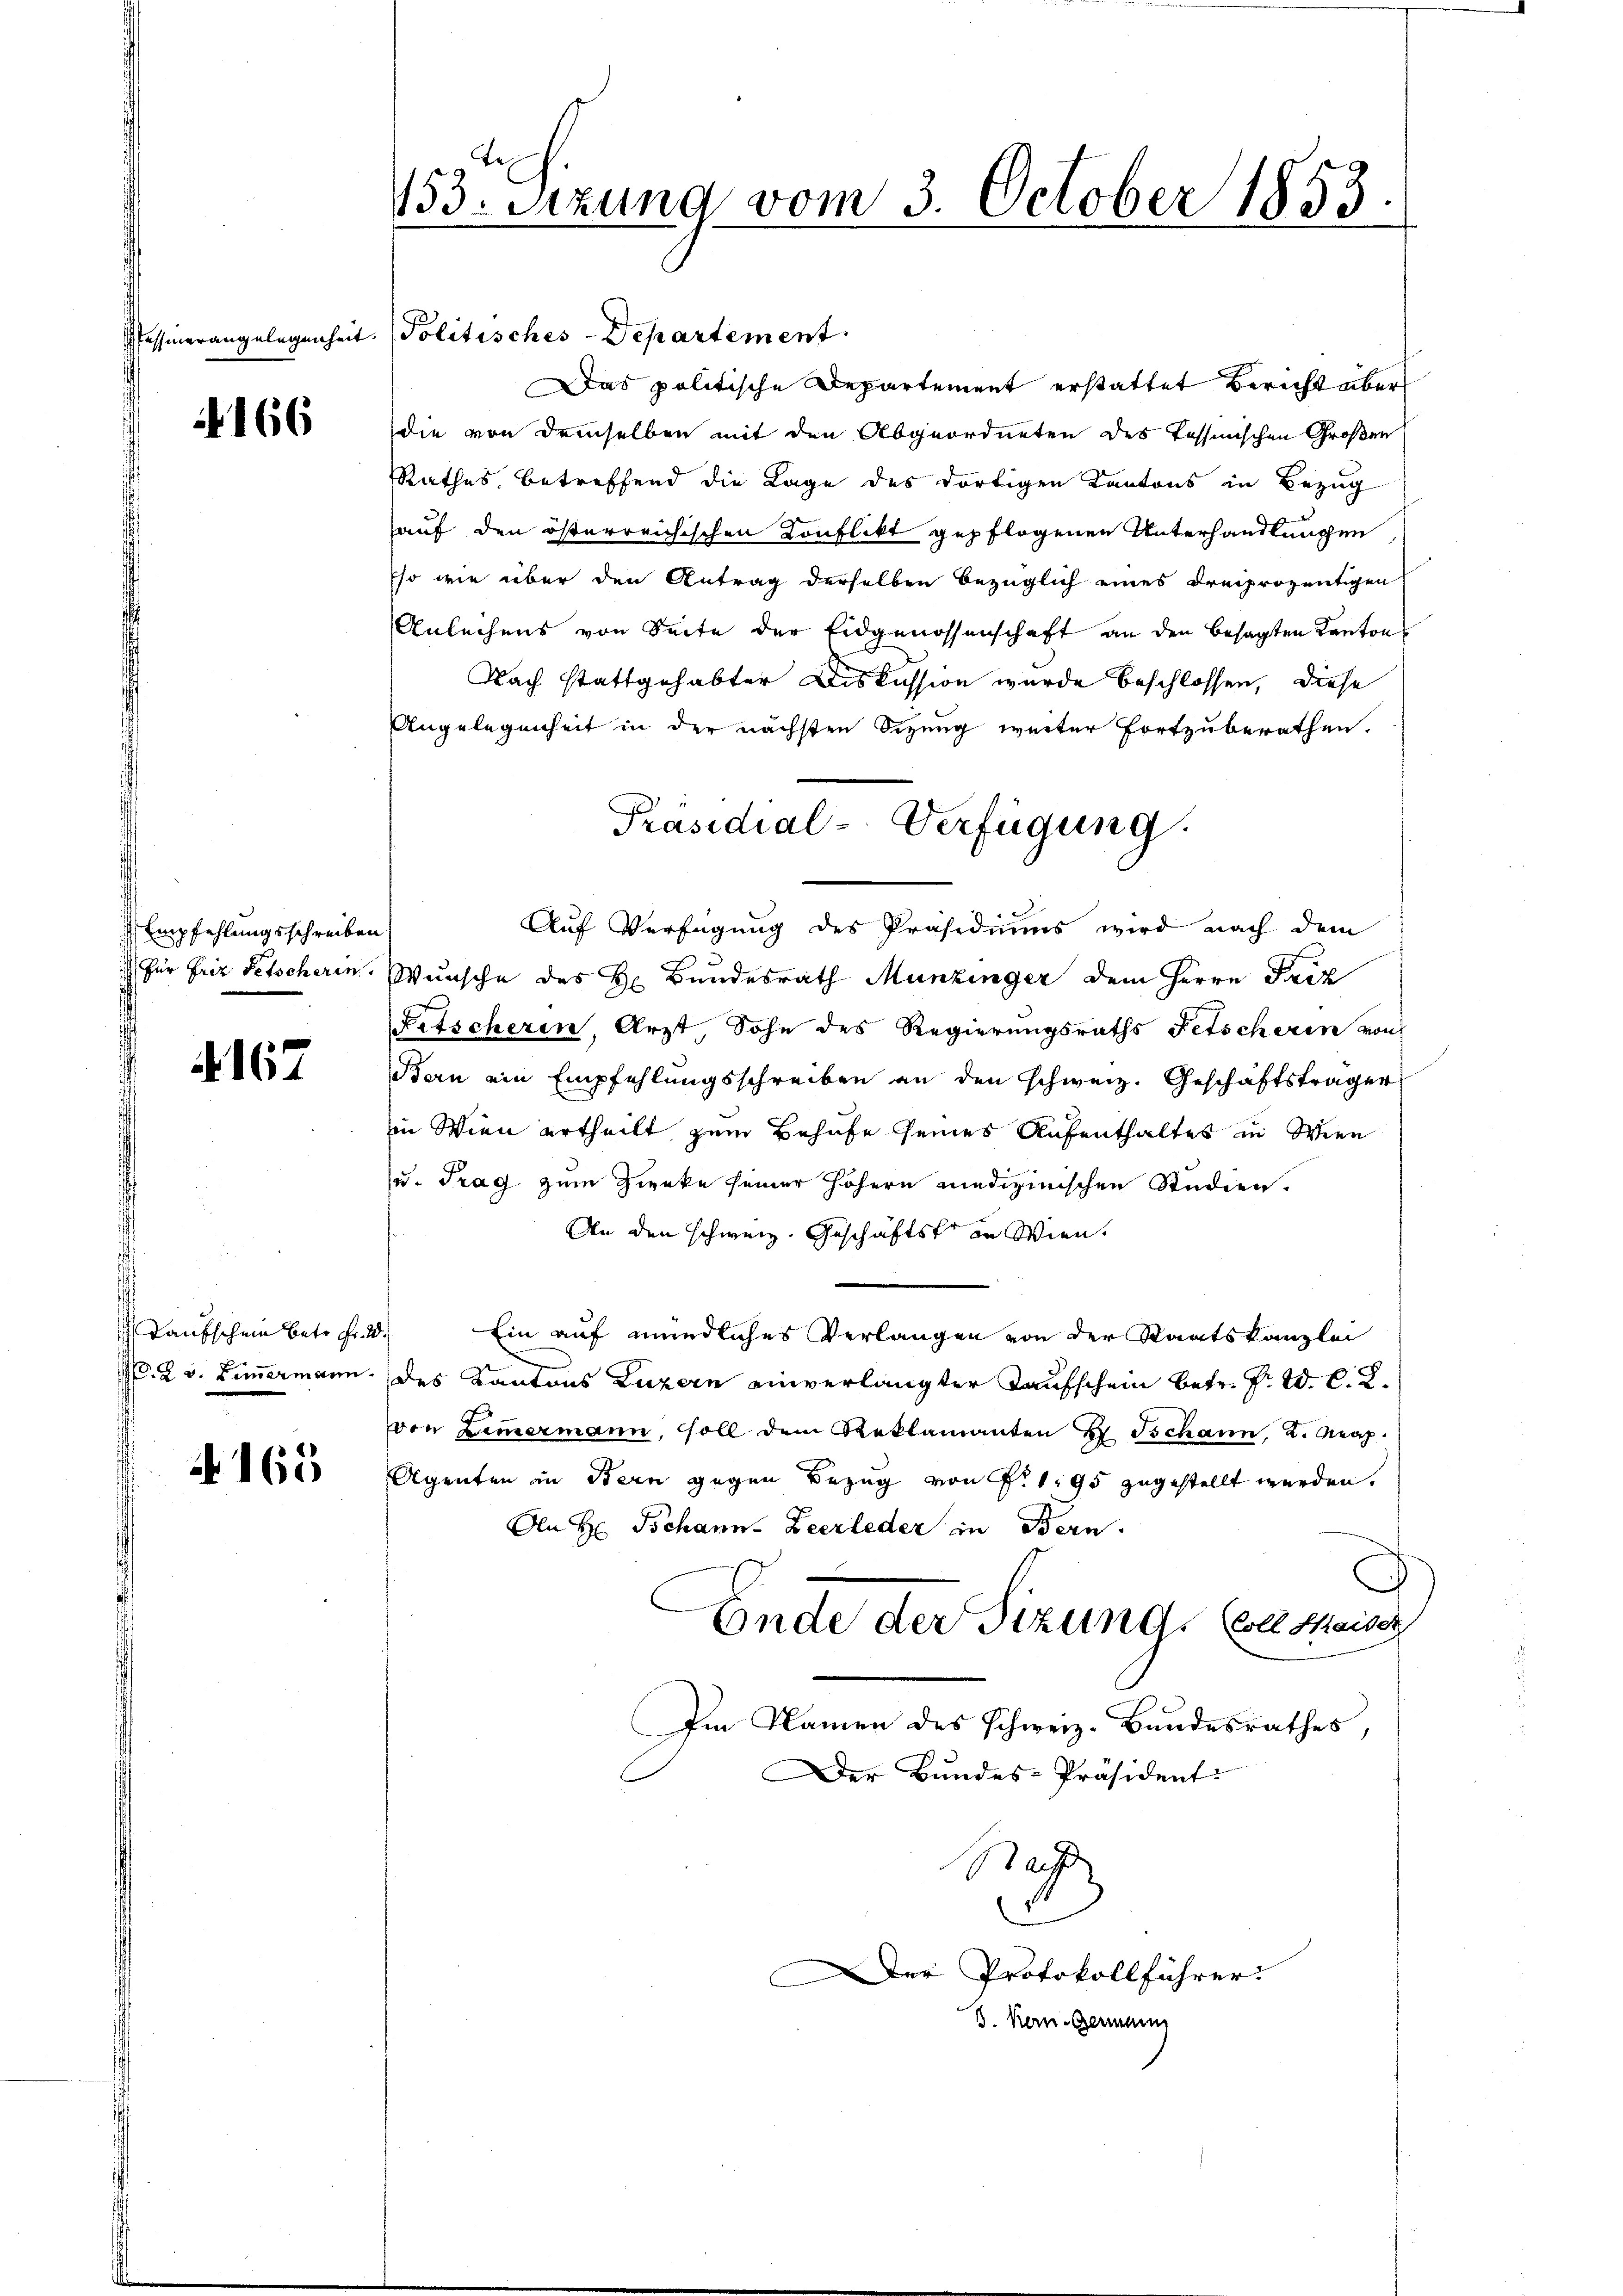
Tessinerangelegenheit.

N 166

Empfehlungsschreiben
 für Friz Petscheren

167

Taufschein betr. Fr. 20.
 2 v. Zimmermann.

A 165

153. Sitzung vom 3. October 1853.

Politisches-Departement.
Das politische Departement erstattet Bericht aber
die von demselben mit den Abgeordneten des Tessinischen Großen
Rathes, betreffend die Lage des dortigen Kantons in Bezug
auf den österreichischen Konflikt gepflogenen Unterhandlungen
sso wie über den Antrag derselben bezüglich eines dreiprozentigen
Anleihens von Seite der Eidgenossenschaft an den besagten Kanton
Nach stattgehabter Diskussion wurde beschlossen, diese
Angelegenheit in der nächsten Sizung weiter fortzuberathen.
Auf Verfügung des Präsidiums wird nach dem
Wunsche des H. Bundesrath Munzinger dem Herrn Friz
Fetscheren, Arzt Sohn des Regierungsraths Fetscheren von
Bern ein Empfehlungsschreiben an den schweiz. Geschäftsträger
in Wien ertheilt zum Behufe seines Aufenthaltes in Wien
u. Trag zum Zwecke seiner höhern medizinischen Studien.
An den schweiz. Geschäftste in Wien.
Ein auf mündliches Verlangen von der Staatskanzlei
des Kantons Luzern einverlangter Taufschein betr. P. V. C. R.
von Zimermann, soll dem Reklamanten H. Tschann, 2. Kap.
Agenten in Bern gegen Bezug von N. 1195 zugestellt werden.
An H: Johann. Zeerleder in Bern
Ende der Sizung (le Maiss
Im Namen des Schweiz. Bundesrathes,
Der Bundes-Präsident:
a
Der Protokollführer:
5. Kern Germain

Präsidial-Verfügung.